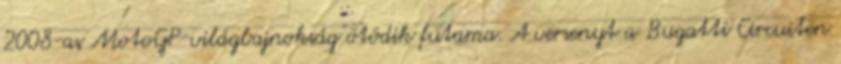
2008-as MotoGP-világbajnokság ötödik futama. A versenyt a Bugatti Circuiten